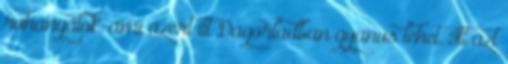
rohangálok. ami azért itt Dagorladban gyanús lehet. Itt azt